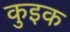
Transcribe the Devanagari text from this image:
कुइक